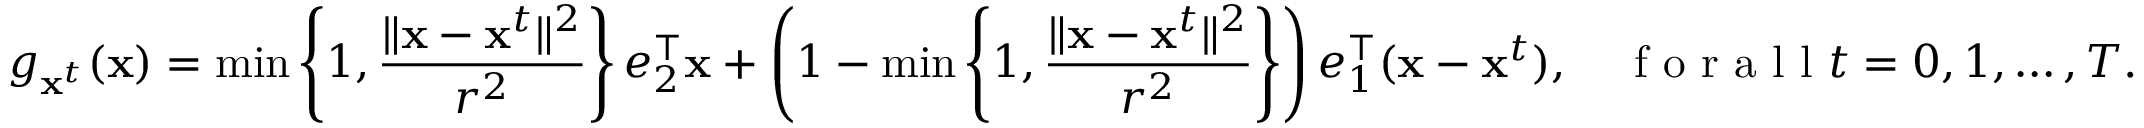
g _ { \mathbf x ^ { t } } ( \mathbf x ) = \operatorname* { m i n } \left\{ 1 , \frac { \| \mathbf x - \mathbf x ^ { t } \| ^ { 2 } } { r ^ { 2 } } \right\} e _ { 2 } ^ { \top } \mathbf x + \left( 1 - \operatorname* { m i n } \left\{ 1 , \frac { \| \mathbf x - \mathbf x ^ { t } \| ^ { 2 } } { r ^ { 2 } } \right\} \right) e _ { 1 } ^ { \top } ( \mathbf x - \mathbf x ^ { t } ) , \quad \textnormal { f o r a l l } t = 0 , 1 , \ldots , T .